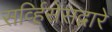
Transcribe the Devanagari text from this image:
सर्व्हिसेसद्वारे